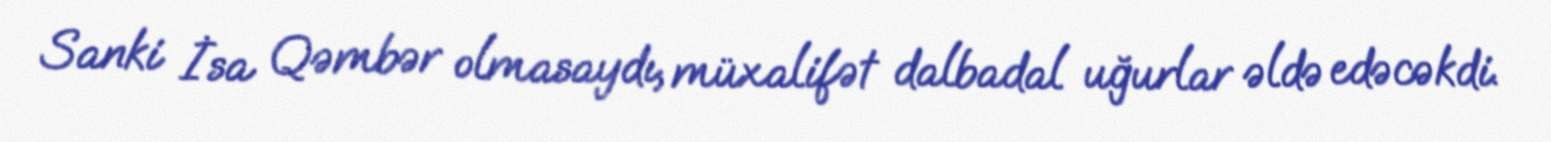
Sanki İsa Qəmbər olmasaydı, müxalifət dalbadal uğurlar əldə edəcəkdi.